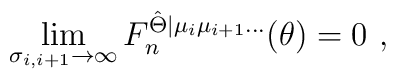
\lim_{\sigma _{i,i+1}\rightarrow \infty }F_{n}^{\hat{\Theta} |\mu _{i}\mu_{i+1}\ldots }(\theta )=0\,\,,